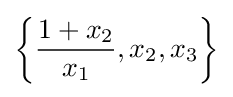
\left\{{\frac {1+x_{2}}{x_{1}}},x_{2},x_{3}\right\}